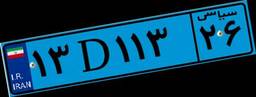
۱۳D۱۱۳۲۶